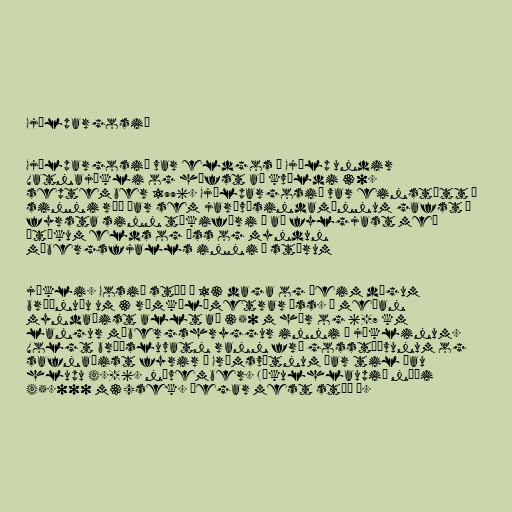
Gjálpargosið

Gjálpargosið var eldgos í Gjálp undir
Vatnajökli og hófst að kvöldi 30.
september 1996. Gjálpargosið var einstætt í
sinni röð þar sem jarðvísindamönnum gafst í
fyrsta sinn tækifæri á að fylgjast með
átökum elds og íss og myndun
móbergsfjalls inni í stórum

jökli. Gosið stóð í 13 daga og þeim dögum
bráðnuðu um 3 rúmkílómetrar íss. Á meðan
myndaðist allt að 350 m hár og 6-7 km
langur móbergshryggur inni í jöklinum.
Volgt bræðsluvatn rann frá gosstöðvunum og
safnaðist fyrir í Grímsvötnum þar til þau
hlupu 4.-6. nóvember. Jökulhlaupið náði
45.000 m3/sek. þegar mest stóð á.